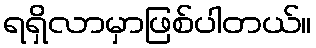
ရရှိလာမှာဖြစ်ပါတယ်။